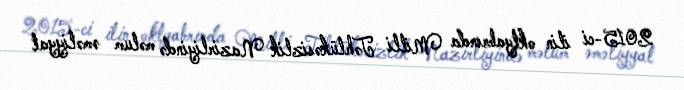
2015-ci ilin oktyabrında Milli Təhlükəsizlik Nazirliyində məlum əməliyyat